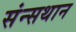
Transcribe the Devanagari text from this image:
संन्सथान